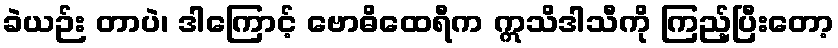
ခဲယဉ်း တာပဲ၊ ဒါကြောင့် ဗောဓိထေရီက ဣသိဒါသီကို ကြည့်ပြီးတော့